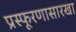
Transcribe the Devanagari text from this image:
प्रस्फूरणासारखा